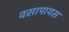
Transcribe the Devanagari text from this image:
वसापायस